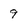
Character: 9